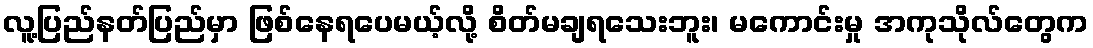
လူ့ပြည်နတ်ပြည်မှာ ဖြစ်နေရပေမယ့်လို့ စိတ်မချရသေးဘူး၊ မကောင်းမှု အကုသိုလ်တွေက